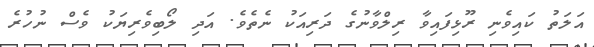
އަލަތު ކައިވެނި ރޫޅިފައިވާ ރިލްވާނުގެ ދަރިއަކު ނެތެވެ. އަދި ލޯބިވެރިޔަކު ވެސް ނުހުރެ